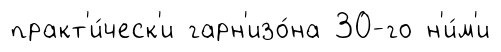
практ'и́ческ'и гарн'изо́на 30-го н'и́м'и